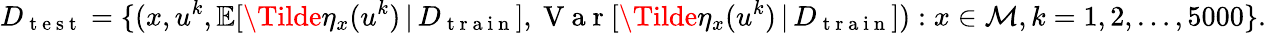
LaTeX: D_{\mathrm{~t~e~s~t~}}=\{ (x,u^{k},\mathbb{E}[\Tilde{\eta}_{x}(u^{k})\, \vert\, D_{\mathrm{~t~r~a~i~n~}}],\mathrm{~V~a~r~}[\Tilde{\eta}_{x}(u^{k})\, \vert\, D_{\mathrm{~t~r~a~i~n~}}]):x\in\mathcal{M},k=1,2,\ldots,5000\} .